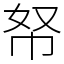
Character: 帑